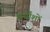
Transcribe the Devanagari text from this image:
अर्धांशों